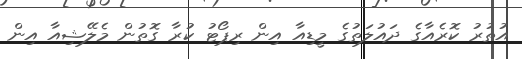
އުތުރު ކޮރެއާގެ ދައުލަތުގެ މީޑިއާ އިން ރިޕޯޓު ކުރާ ގޮތުން މެލޭޝިއާ އިން